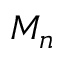
M _ { n }